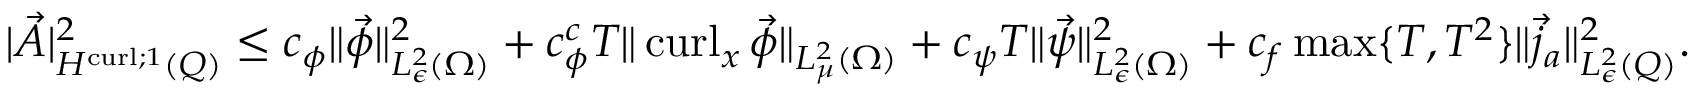
\begin{array} { r } { | \vec { A } | _ { H ^ { \operatorname { c u r l } ; 1 } ( Q ) } ^ { 2 } \leq c _ { \phi } \| \vec { \phi } \| _ { L _ { \epsilon } ^ { 2 } ( { \Omega } ) } ^ { 2 } + c _ { \phi } ^ { c } T \| \operatorname { c u r l } _ { x } \vec { \phi } \| _ { L _ { \mu } ^ { 2 } ( { \Omega } ) } + c _ { \psi } T \| \vec { \psi } \| _ { L _ { \epsilon } ^ { 2 } ( { \Omega } ) } ^ { 2 } + c _ { f } \operatorname* { m a x } \{ T , T ^ { 2 } \} \| \vec { j } _ { a } \| _ { L _ { \epsilon } ^ { 2 } ( { Q } ) } ^ { 2 } . } \end{array}